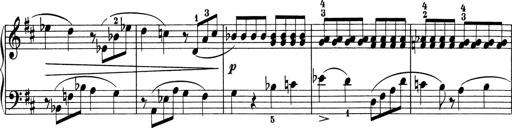
Title: 5 Sonatinen fÃ¼r die Jugend
Composer: Carl Reinecke